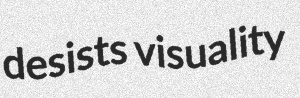
desists visuality